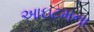
આઇટમના